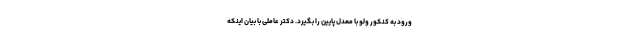
ورود به کنکور ولو با معدل پایین را بگیرد. دکتر عاملی با بیان اینکه